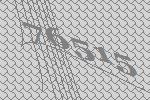
76515